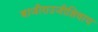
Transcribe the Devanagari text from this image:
बाजीराउजीशिवाय